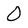
Character: 0